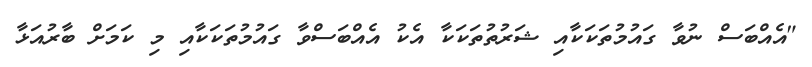
"އެއްބަސް ނުވާ ގައުމުތަކަކާއި ޝަރުތުތަކަކާ އެކު އެއްބަސްވާ ގައުމުތަކަކާއި މި ކަމަށް ބާރުއަޅާ